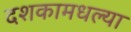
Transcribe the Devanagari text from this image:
दशकामधल्या